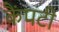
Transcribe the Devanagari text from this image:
कैंपटी